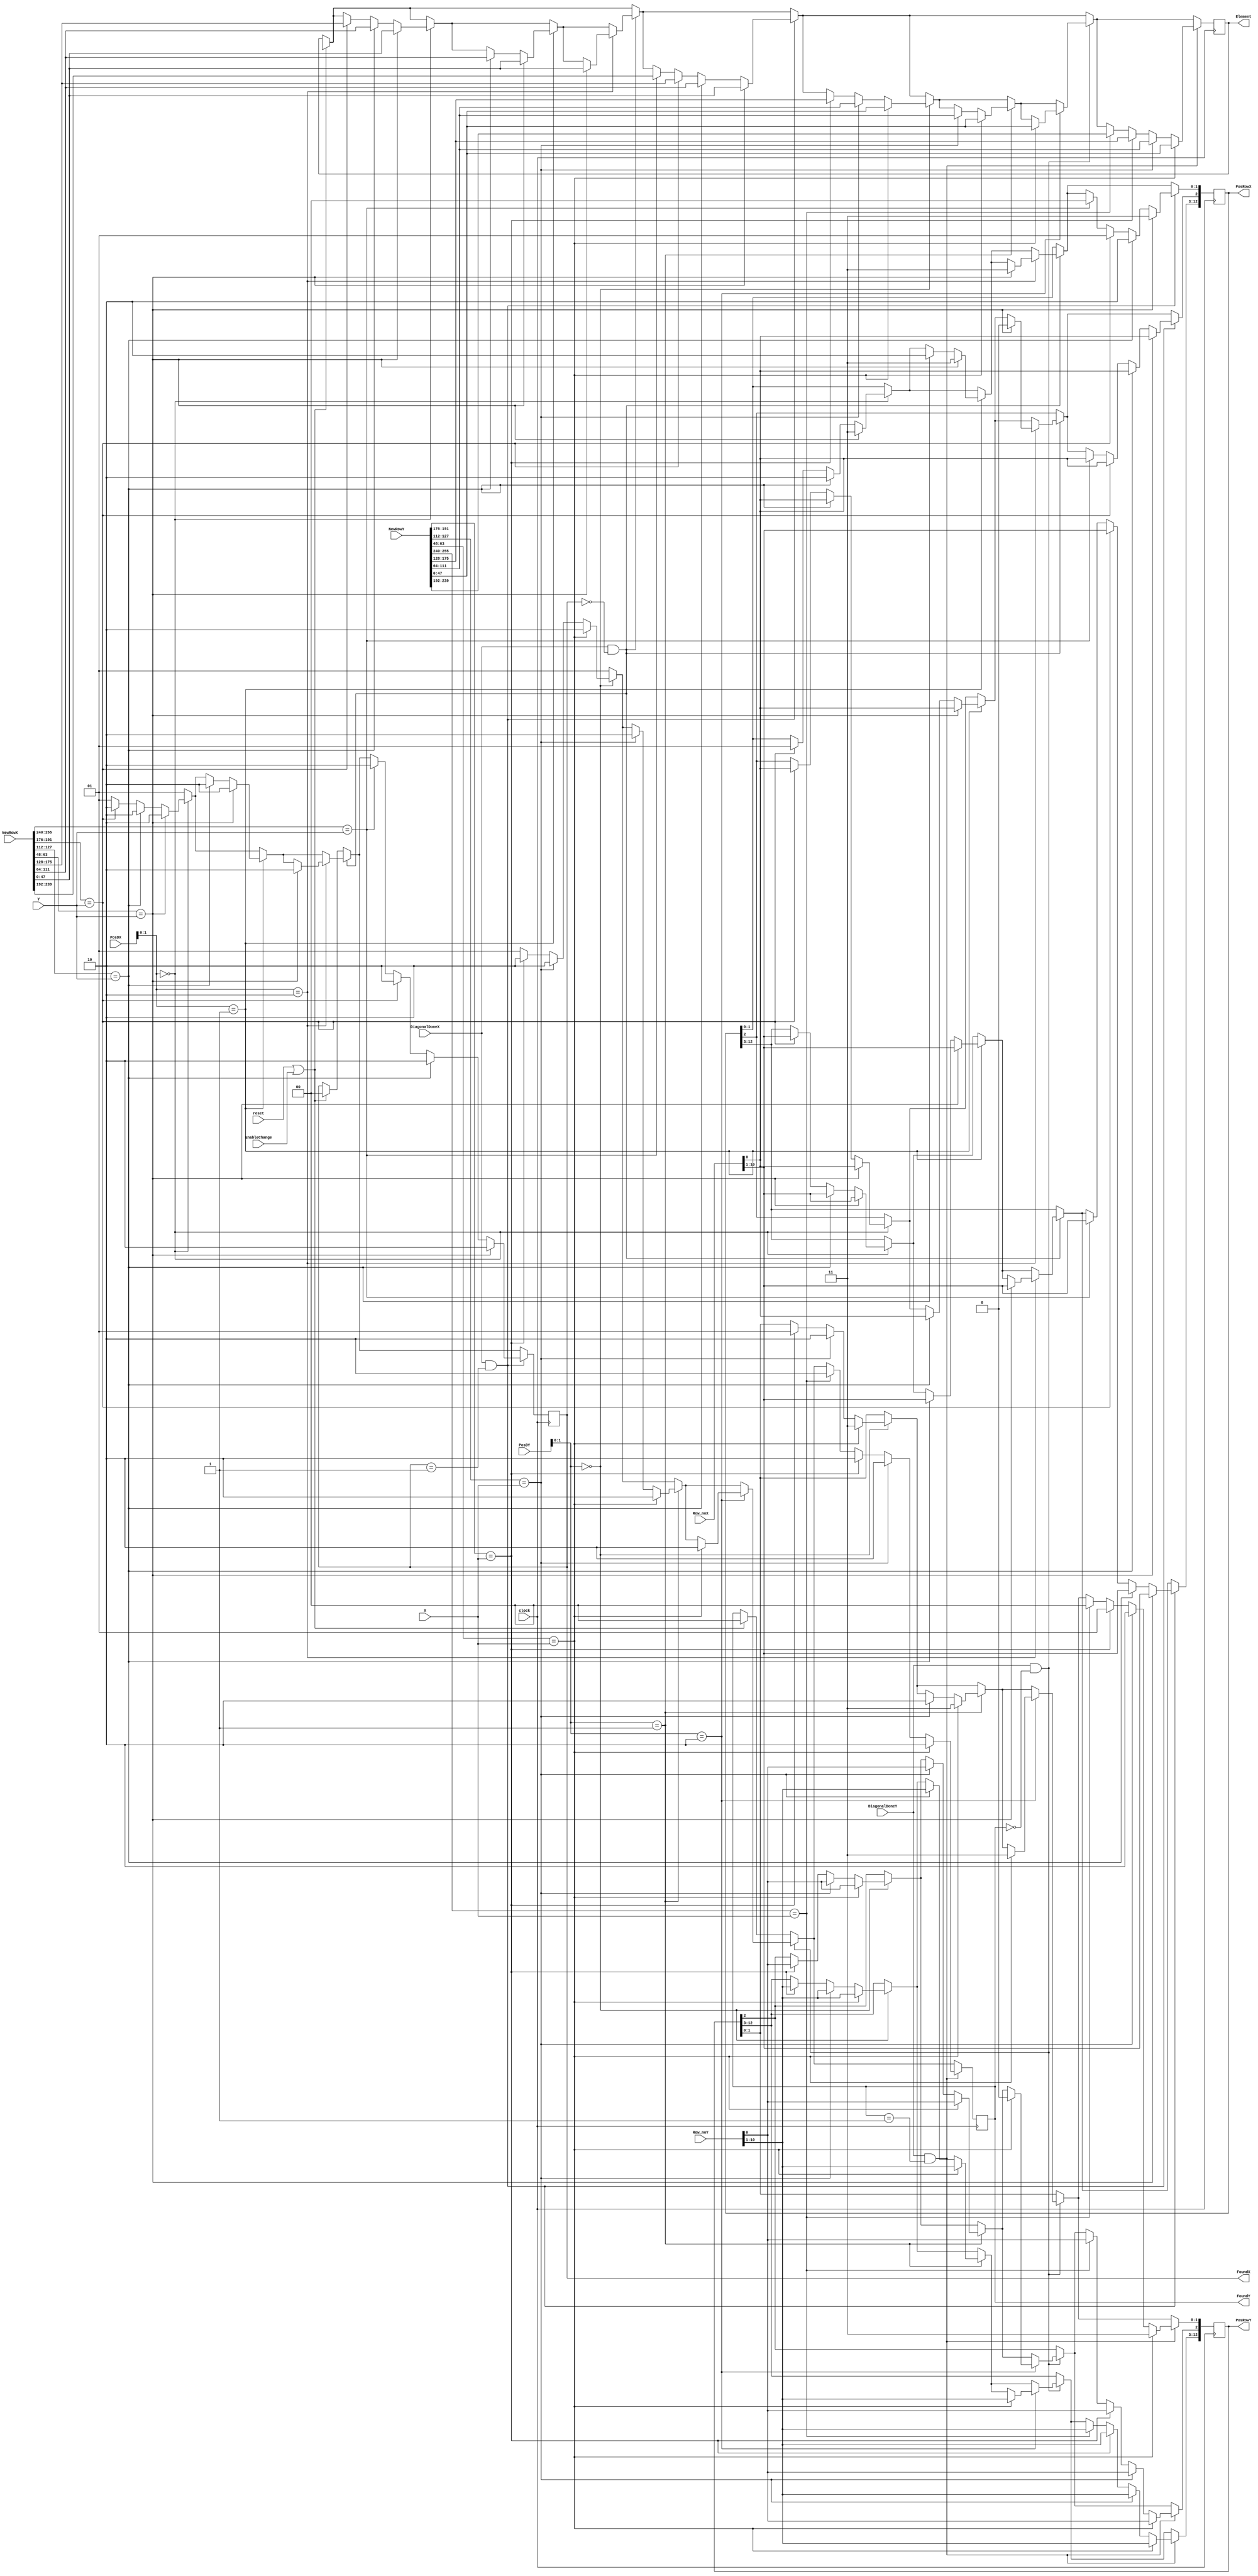
module update_3_1 (reset, clock, X, Y, NewRowX, NewRowY, Element, PosRowX, PosRowY, PosDX, PosDY, FoundX, FoundY, Row_noX, Row_noY, DiagonalDoneX, DiagonalDoneY, EnableChange);// Finding XY in row X and YX in row Y

input       EnableChange;
input       clock;
input [15:0]   X;
input [15:0]   Y;
input [255:0] NewRowX;
input [255:0] NewRowY;
input [12:0]   PosDX;
input [12:0]   PosDY;
input [10:0]  Row_noX;
input [10:0]  Row_noY;
input         reset;
input         DiagonalDoneX;
input         DiagonalDoneY;

output [47:0] Element;
output [12:0]  PosRowX;
output [12:0]  PosRowY;
output [1:0]   FoundX;
output [1:0]   FoundY;
//output        ChangeOccured;

reg [47:0] Element;
reg [12:0]  PosRowX;
reg [12:0]  PosRowY;
//reg        //NewRowFetchX;
//reg        //NewRowFetchY;
reg [1:0]  FoundX;
reg [1:0]  FoundY;
//reg        ChangeOccured;

reg PosX1, PosX2, PosX3, PosX4;
reg PosY1, PosY2, PosY3, PosY4;

always@(posedge clock)
begin
	if (reset || EnableChange)
	begin
		FoundX <= 2'b00;
		FoundY <= 2'b00;
		Element <= 48'hx;
	end

	if (DiagonalDoneX == 1'b1 && FoundX == 2'b00)
	begin
		//ChangeOccured = 1'b1;
		//PosX1 = 1'b0; PosX2 = 1'b0; PosX3 = 1'b0; PosX4 = 1'b0;
		FoundX <= 2'b01;
		if (PosDX[1:0] == 2'b00)
		begin
			if (NewRowX[191:176] == Y)
			begin
				Element <= NewRowX[175:128];
				PosRowX[12:2] <= Row_noX;
				PosRowX[1:0] <= 2'b01; 
				FoundX <= 2'b10;
			end
			if (NewRowX[127:112] == Y)
			begin
				Element <= NewRowX[111:64];
				PosRowX[12:2] <= Row_noX;				
				PosRowX[1:0] <= 2'b10;
				FoundX <= 2'b10;
			end
			if (NewRowX[63:48] == Y)
			begin
				Element <= NewRowX[47:0];
				PosRowX[12:2] <= Row_noX;
				PosRowX[1:0] <= 2'b11;
				FoundX <= 2'b10;
			end
		end

		if (PosDX[1:0] == 2'b01)
		begin
			if (NewRowX[127:112] == Y)
			begin
				Element <= NewRowX[111:64];
				PosRowX[12:2] <= Row_noX;				
				PosRowX[1:0] <= 2'b10;
				FoundX <= 2'b10;
			end
			if (NewRowX[63:48] == Y)
			begin
				Element <= NewRowX[47:0];
				PosRowX[12:2] <= Row_noX;
				PosRowX[1:0] <= 2'b11;
				FoundX <= 2'b10;
			end
		end

		if (PosDX[1:0] == 2'b10)
		begin
			if (NewRowX[63:48] == Y)
			begin
				Element <= NewRowX[47:0];
				PosRowX[12:2] <= Row_noX;
				PosRowX[2:0] <= 2'b11;
				FoundX <= 2'b10;
			end
		end
	end

	if (DiagonalDoneX == 1'b1 && FoundX == 2'b01)
	begin
		//PosX1 = 1'b0; PosX2 = 1'b0; PosX3 = 1'b0; PosX4 = 1'b0;
		if (NewRowX[255:240] == Y)
		begin
			Element <= NewRowX[239:192];
			PosRowX[12:2] <= Row_noX;
			PosRowX[1:0] <= 2'b00;
			FoundX <= 2'b10;
		end
		if (NewRowX[191:176] == Y)
		begin
			Element <= NewRowX[175:128];
			PosRowX[12:2] <= Row_noX;
			PosRowX[1:0] <= 2'b01; 
			FoundX <= 2'b10;
		end
		if (NewRowX[127:112] == Y)
		begin
			Element <= NewRowX[111:64];
			PosRowX[12:2] <= Row_noX;				
			PosRowX[1:0] <= 2'b10;
			FoundX <= 2'b10;
		end
		if (NewRowX[63:48] == Y)
		begin
			Element <= NewRowX[47:0];
			PosRowX[12:2] <= Row_noX;
			PosRowX[1:0] <= 2'b11;
			FoundX <= 2'b10;
		end

	end
//--------------------------------------------------------------------------------------------------------------------------------//

	if (DiagonalDoneY == 1'b1 && FoundY == 2'b00)
	begin
		//ChangeOccured = 1'b1;
		//PosY1 = 1'b0; PosY2 = 1'b0; PosY3 = 1'b0; PosY4 = 1'b0;
		FoundY <= 2'b01;
		if (PosDY[1:0] == 2'b00)
		begin
			if (NewRowY[191:176] == X)
			begin
				Element <= NewRowY[175:128];
				PosRowY[12:2] <= Row_noY;
				PosRowY[1:0] <= 2'b01; 
				FoundY <= 2'b10;
			end
			if (NewRowY[127:112] == X)
			begin
				Element <= NewRowY[111:64];
				PosRowY[12:2] <= Row_noY;				
				PosRowY[1:0] <= 2'b10;
				FoundY <= 2'b10;
			end
			if (NewRowY[63:48] == X)
			begin
				Element <= NewRowY[47:0];
				PosRowY[12:2] <= Row_noY;
				PosRowY[1:0] <= 2'b11;
				FoundY <= 2'b10;
			end
		end

		if (PosDY[1:0] == 2'b01)
		begin
			if (NewRowY[127:112] == X)
			begin
				Element <= NewRowY[111:64];
				PosRowY[12:2] <= Row_noY;				
				PosRowY[1:0] <= 2'b10;
				FoundY <= 2'b10;
			end
			if (NewRowY[63:48] == X)
			begin
				Element <= NewRowY[47:0];
				PosRowY[12:2] <= Row_noY;
				PosRowY[1:0] <= 2'b11;
				FoundY <= 2'b10;
			end
		end

		if (PosDY[1:0] == 2'b10)
		begin
			if (NewRowY[63:48] == X)
			begin
				Element <= NewRowY[47:0];
				PosRowY[12:2] <= Row_noY;
				PosRowY[2:0] <= 2'b11;
				FoundY <= 2'b10;
			end
		end
	end

	if (DiagonalDoneY == 1'b1 && FoundY == 2'b01)
	begin
		//PosY1 = 1'b0; PosY2 = 1'b0; PosY3 = 1'b0; PosY4 = 1'b0;
		if (NewRowY[255:240] == X)
		begin
			Element <= NewRowY[239:192];
			PosRowY[12:2] <= Row_noY;
			PosRowY[1:0] <= 2'b00;
			FoundY <= 2'b10;
		end
		if (NewRowY[191:176] == X)
		begin
			Element <= NewRowY[175:128];
			PosRowY[12:2] <= Row_noY;
			PosRowY[1:0] <= 2'b01; 
			FoundY <= 2'b10;
		end
		if (NewRowY[127:112] == X)
		begin
			Element <= NewRowY[111:64];
			PosRowY[12:2] <= Row_noY;				
			PosRowY[1:0] <= 2'b10;
			FoundY <= 2'b10;
		end
		if (NewRowY[63:48] == X)
		begin
			Element <= NewRowY[47:0];
			PosRowY[12:2] <= Row_noY;
			PosRowY[1:0] <= 2'b11;
			FoundY <= 2'b10;
		end

	end
end
/*
always@(*)
begin
	FoundX = 1'bx;
	FoundY = 1'bx;
	if (EnableColX == 1'b1 && NewRowFetchX == 1'b0)
	begin
		//ChangeOccured = 1'b1;
		//PosX1 = 1'b0; PosX2 = 1'b0; PosX3 = 1'b0; PosX4 = 1'b0;
		if (PosDX == 2'b00)
		begin
			if (NewRowX[191:176] == Y)
			begin
				FoundX = 1'b1;
			end
			else if (NewRowX[127:112] == Y)
			begin
				FoundX = 1'b1;
			end
			else if (NewRowX[63:48] == Y)
			begin
				FoundX = 1'b1;
			end
			else
				FoundX = 1'b0;
		end

		else if (PosDX == 2'b01)
		begin
			if (NewRowX[127:112] == Y)
			begin
				FoundX = 1'b1;
			end
			else if (NewRowX[63:48] == Y)
			begin
				FoundX = 1'b1;
			end
			else
				FoundX = 1'b0;
		end

		else if (PosDX == 2'b10)
		begin
			if (NewRowX[63:48] == Y)
			begin
				FoundX = 1'b1;
			end
			else
				FoundX = 1'b0;
		end
	end

	else if (EnableColX == 1'b1 && NewRowFetchX == 1'b1 )
	begin
		//PosX1 = 1'b0; PosX2 = 1'b0; PosX3 = 1'b0; PosX4 = 1'b0;
		if (NewRowX[255:240] == Y)
		begin
				FoundX = 1'b1;
		end
		else if (NewRowX[191:176] == Y)
		begin
				FoundX = 1'b1; 
		end
		else if (NewRowX[127:112] == Y)
		begin
				FoundX = 1'b1;
		end
		else if (NewRowX[63:48] == Y)
		begin
				FoundX = 1'b1;
		end
		else
				FoundX = 1'b0;

	end

	if (EnableColY == 1'b1 && NewRowFetchY == 1'b0)
	begin
		//ChangeOccured = 1'b1;
		//PosY1 = 1'b0; PosY2 = 1'b0; PosY3 = 1'b0; PosY4 = 1'b0;
		if (PosDY == 2'b00)
		begin
			if (NewRowY[191:176] == X)
			begin
				FoundY = 1'b1;
			end
			if (NewRowY[127:112] == X)
			begin
				FoundY = 1'b1;
			end
			if (NewRowY[63:48] == X)
			begin
				FoundY = 1'b1;
			end
			else
				FoundY = 1'b0;
		end

		if (PosDY == 2'b01)
		begin
			if (NewRowY[127:112] == X)
			begin
				FoundY = 1'b1;
			end
			if (NewRowY[63:48] == X)
			begin
				FoundY = 1'b1;
			end
			else
				FoundY = 1'b0;
		end

		if (PosDY == 2'b10)
		begin
			if (NewRowY[63:48] == X)
			begin
				FoundY = 1'b1;
			end
			else
				FoundY = 1'b0;
		end
	end

	if (EnableColY == 1'b1 && NewRowFetchY == 1'b1 )
	begin
		//PosY1 = 1'b0; PosY2 = 1'b0; PosY3 = 1'b0; PosY4 = 1'b0;
		if (NewRowY[255:240] == X)
		begin
				FoundY = 1'b1;
		end
		if (NewRowY[191:176] == X)
		begin
				FoundY = 1'b1; 
		end
		if (NewRowY[127:112] == X)
		begin
				FoundY = 1'b1;
		end
		if (NewRowY[63:48] == X)
		begin
				FoundY = 1'b1;
		end
		else
				FoundY = 1'b0;

	end
end*/
/*
always@(posedge clock)
begin
	if (EnableColX == 1'b1)
	begin



		case ({PosX1, PosX2, PosX3, PosX4})
		4'b0000: begin
				////NewRowFetchX = 1'b1;
				//FoundX <= 1'b0;
			 end
		4'b1000: begin
				////NewRowFetchX = 1'b0;
				//FoundX <= 1'b1;
				Element <= NewRowX[239:192];
				PosRowX[18:8] <= Row_noX;
				PosRowX[7:0] <= 8'd239;
			 end
		4'b0100: begin
				////NewRowFetchX = 1'b0;
				//FoundX <= 1'b1;
				Element <= NewRowX[175:128];
				PosRowX[18:8] <= Row_noX;
				PosRowX[7:0] <= 8'd175; 
			 end
		4'b0010: begin
				////NewRowFetchX = 1'b0;
				//FoundX <= 1'b1;
				Element <= NewRowX[111:64];
				PosRowX[18:8] <= Row_noX;				
				PosRowX[7:0] <= 8'd111;
			 end
		4'b0001: begin
				//NewRowFetchX = 1'b0;
				//FoundX <= 1'b1;
				Element <= NewRowX[47:0];
				PosRowX[18:8] <= Row_noX;
				PosRowX[7:0] <= 8'd47;
			 end
		endcase
	end

	if (EnableColY == 1'b1)
	begin



		case ({PosY1, PosY2, PosY3, PosY4})
		4'b0000: begin
				////NewRowFetchY = 1'b1;
				//FoundY <= 1'b0;
			 end
		4'b1000: begin
				////NewRowFetchY = 1'b0;
				//FoundY <= 1'b1;
				Element <= NewRowY[239:192];
				PosRowY[18:8] <= Row_noY;
				PosRowY[7:0] <= 8'd239;
			 end
		4'b0100: begin
				////NewRowFetchY = 1'b0;
				//FoundY <= 1'b1;
				Element <= NewRowY[175:128];
				PosRowY[18:8] <= Row_noY;
				PosRowY[7:0] <= 8'd175; 
			 end
		4'b0010: begin
				////NewRowFetchY = 1'b0;
				//FoundY <= 1'b1;
				Element <= NewRowY[111:64];
				PosRowY[18:8] <= Row_noY;				
				PosRowY[7:0] <= 8'd111;
			 end
		4'b0001: begin
				//NewRowFetchY = 1'b0;
				//FoundY <= 1'b1;
				Element <= NewRowY[47:0];
				PosRowY[18:8] <= Row_noY;
				PosRowY[7:0] <= 8'd47;
			 end
		endcase
	end
end*/

endmodule